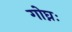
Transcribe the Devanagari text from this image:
गोघ्नः